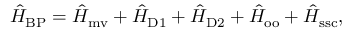
\hat { H } _ { \mathrm { B P } } = \hat { H } _ { \mathrm { m v } } + \hat { H } _ { \mathrm { D 1 } } + \hat { H } _ { \mathrm { D 2 } } + \hat { H } _ { \mathrm { o o } } + \hat { H } _ { \mathrm { s s c } } ,